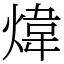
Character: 煒